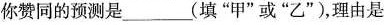
你赞同的预测是_______(填”甲”或”乙”)，理由是